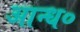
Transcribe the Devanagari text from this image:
आन्ध०